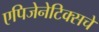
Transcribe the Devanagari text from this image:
एपिजेनेटिक्सचे